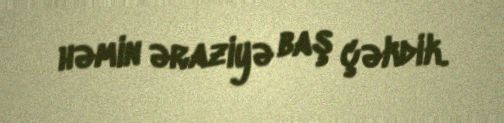
həmin əraziyə baş çəkdik.